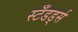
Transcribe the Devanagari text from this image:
स्टँडर्ड्स